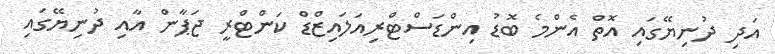
އަދި ދުނިޔޭގައި އޮތް އެންމެ ބޮޑު އިންޑަސްޓްރިއަލައިޒްޑް ކަންޓްރީ ޖަޕާން އާއި ދުނިޔޭގައި